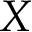
X